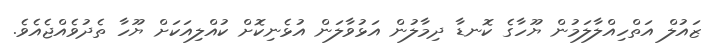
ޒައުލް އަތްހިއްލާލަމުން ޔޫހާގެ ކޮނޑާ ދިމާލުން އަޅުވާލަން އުޅެނިކޮށް ކުއްލިއަކަށް ޔޫހާ ތެދުވެއްޖެއެވެ.